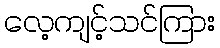
လေ့ကျင့်သင်ကြား